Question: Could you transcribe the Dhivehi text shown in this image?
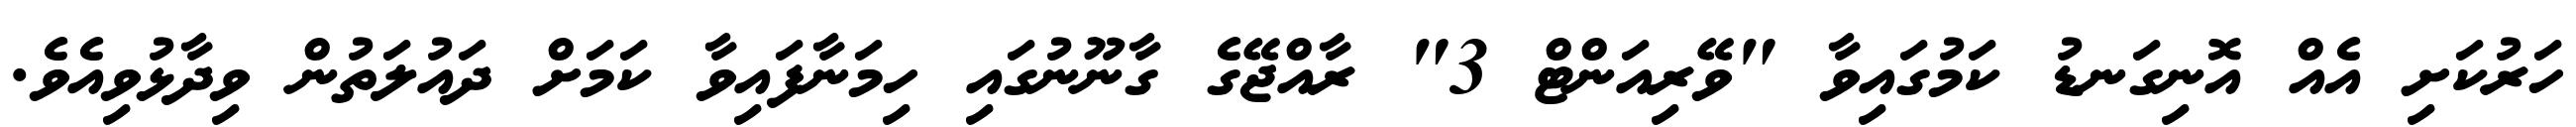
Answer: ހަރުކަށި އެއް އޮނިގަނޑު ކަމުގައިވާ "ވޭރިއަންޓް 3" ރާއްޖޭގެ ގާނޫނުގައި ހިމަނާފައިވާ ކަމަށް ދައުލަތުން ވިދާޅުވިއެވެ.